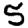
Digit: 5